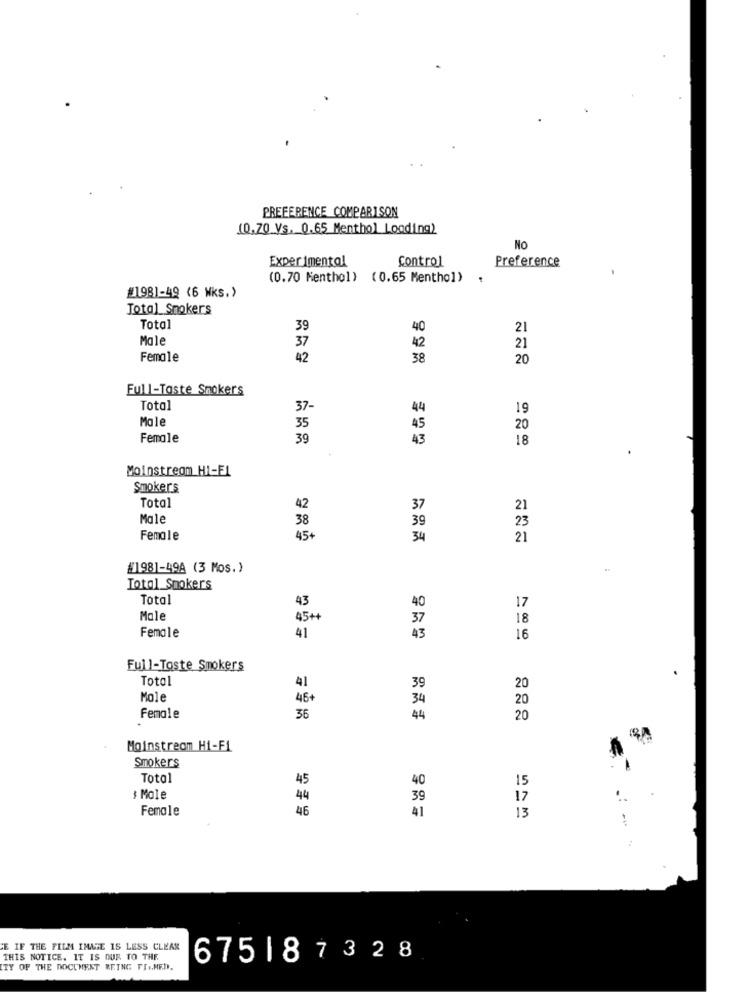
PREFERENCE_COMPARISON
(0,70 Vs. 0.65 Menthol Loading)
No
Experimental
control
Preference
(0.70 Menthol) (0.65 Menthol)
#1981-49 <6 Wks.>
Total_Smokers
Total
39
40
21
Male
37
42
21
Female
42
38
20
Full-Taste Smokers
Total
37-
44
19
Male
35
45
20
Female
39
43
18
Moinstreom HI-FI
Smokers
37
Total
42
21
Male
38
39
23
Female
45+
34
21
#198]-49A (3 Mos.)
Total Smokers
Total
43
40
17
Male
45++
37
18
Female
41
43
16
Full-Taste Smokers
Total
41
39
20
Mole
46+
34
20
Female
36
44
20
Moinstreom Hi-Fi
Smokers
Total
45
40
15
# Mole
44
39
17
Female
46
41
13
-
CE IF THE FILM IMAGE IS LESS CLEAR
THIS NOTICE. IT IS OUR TO THE
675187328
ITY OF THE DOCUMENT BEING FI .. MED.